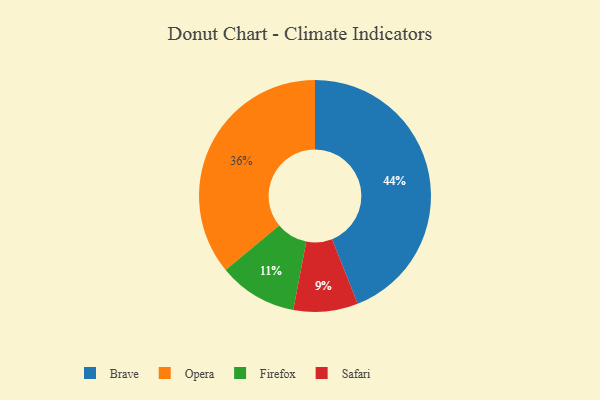
{"axis": {"x": "Category", "y": "Percentage"}, "legend": ["Brave", "Firefox", "Opera", "Safari"], "data": [{"x": "Firefox", "y": 11, "type": "Firefox"}, {"x": "Safari", "y": 9, "type": "Safari"}, {"x": "Brave", "y": 44, "type": "Brave"}, {"x": "Opera", "y": 36, "type": "Opera"}]}